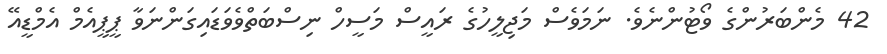
42 މެންބަރުންގެ ވޯޓުންނެވެ. ނަމަވެސް މަޖިލީހުގެ ރައީސް މަސީހް ނިސްބަތްވެވަޑައިގަންނަވާ ޕީޕީއެމް އެމްޑީއޭ